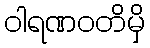
ဝါရဏဝတိမှိ